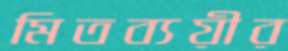
মিতব্যয়ীর